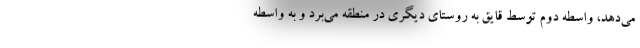
مي‌دهد، واسطه دوم توسط قايق به روستاي ديگري در منطقه مي‌برد و به واسطه